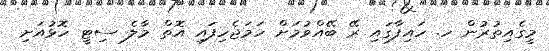
މީގެއިތުރުން ހ. ހައިފާގައި ރޭ ބޭއްވުމަށް ހަމަޖެހިފައި އޮތް މާލެ ސިޓީ ހޮޅުއަށި